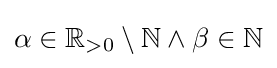
\alpha \in \mathbb {R} _{>0}\setminus \mathbb {N} \wedge \beta \in \mathbb {N}